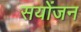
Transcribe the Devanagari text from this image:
सयोंजन